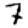
Digit: 7